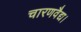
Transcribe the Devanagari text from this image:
चारणवैद्य।